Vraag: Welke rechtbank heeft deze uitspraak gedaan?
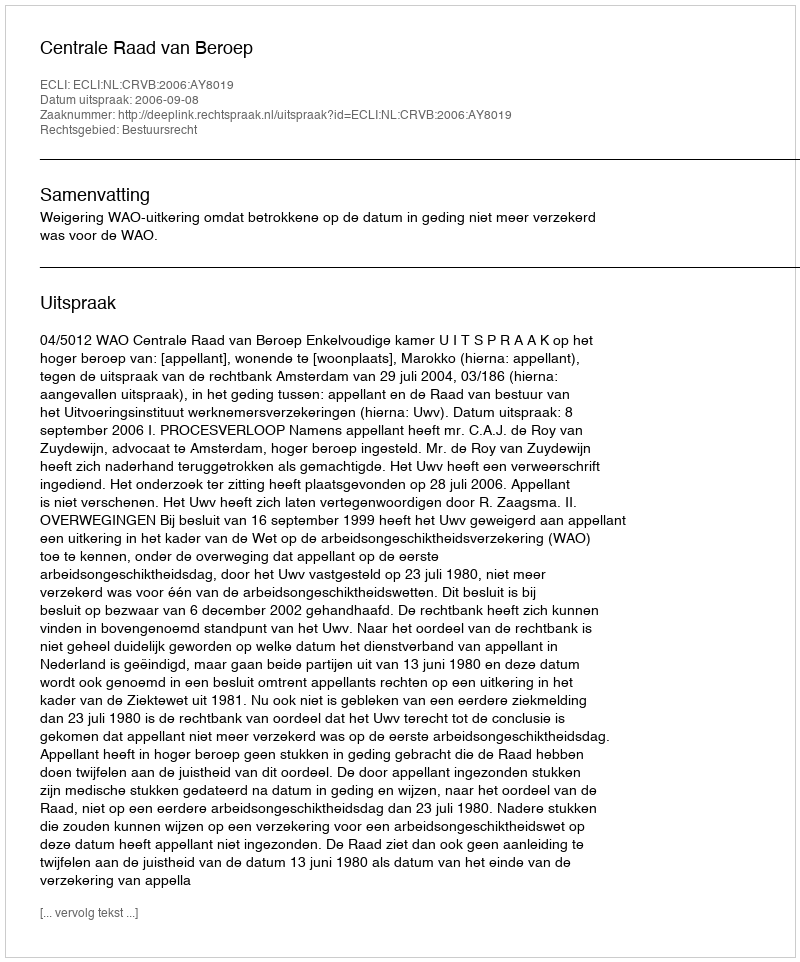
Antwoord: Centrale Raad van Beroep